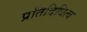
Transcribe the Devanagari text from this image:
प्रतिदिधित्व